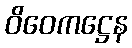
ဝိဝေကဋ္ဌေန